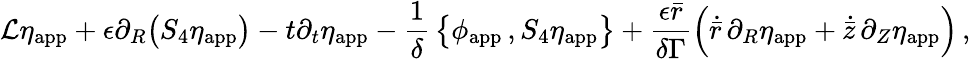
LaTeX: \mathcal{L}\eta_{\mathrm{app}}+\epsilon\partial_{R}\bigl(S_{4}\eta_{\mathrm{app}}\bigr)-t\partial_{t}\eta_{\mathrm{app}}-\frac{1}{\delta}\, \bigl\{ \phi_{\mathrm{app}}\, ,S_{4}\eta_{\mathrm{app}}\bigr\} +\frac{\epsilon\bar{r}}{\delta\Gamma}\Bigl(\dot{\bar{r}}\, \partial_{R}\eta_{\mathrm{app}}+\dot{\bar{z}}\, \partial_{Z}\eta_{\mathrm{app}}\Bigr)\, ,